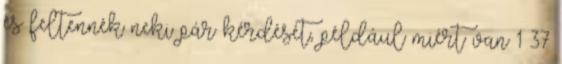
és feltennék neki pár kérdését, például miért van 1–37